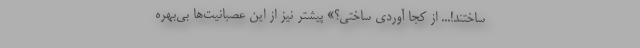
ساختند!... از کجا آوردی ساختی؟» پیشتر نیز از این عصبانیت‌ها بی‌بهره